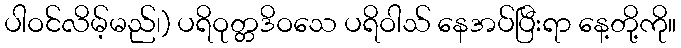
ပါဝင်လိမ့်မည်၊) ပရိဝုတ္တဒိဝသေ ပရိဝါသ် နေအပ်ပြီးရာ နေ့တို့ကို။